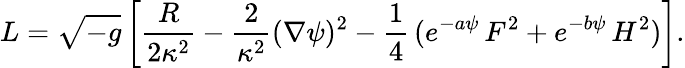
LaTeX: L={\sqrt{-g}}\left[{\frac{R}{2\kappa^{2}}}-{\frac{2}{\kappa^{2}}}(\nabla\psi)^{2}-{\frac{1}{4}}\, (e^{-a\psi}\, F^{2}+e^{-b\psi}\, H^{2})\right].